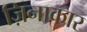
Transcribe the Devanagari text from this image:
ज़िनाकार